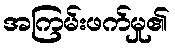
အကြမ်းဖက်မှု၏